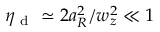
\eta _ { \mathrm { ~ d ~ } } \simeq 2 a _ { R } ^ { 2 } / w _ { z } ^ { 2 } \ll 1